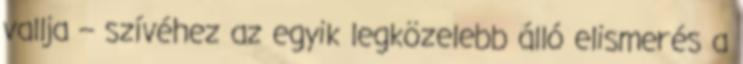
vallja – szívéhez az egyik legközelebb álló elismerés a